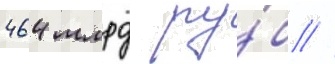
464 млрд ру́б //